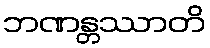
ဘဏန္တဿာတိ